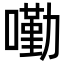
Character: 𡀣